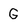
Character: G